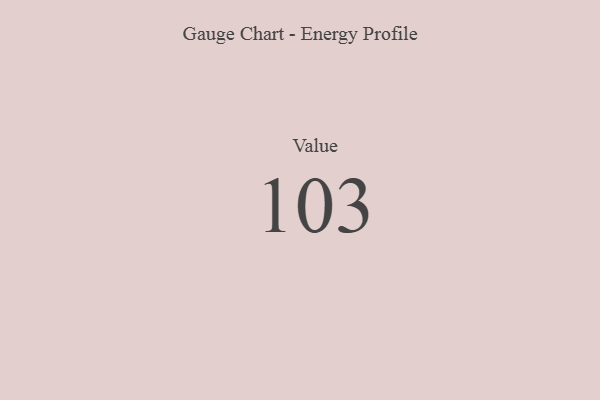
{"axis": {"x": "Metric", "y": "Value"}, "legend": [""], "data": [{"x": "Value", "y": 103, "type": ""}]}